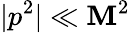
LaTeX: |p^{2}|\ll\mathbf{M}^{2}